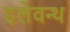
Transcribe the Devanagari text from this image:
इलेवन्थ